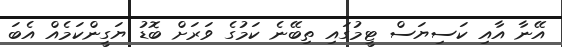
އޭނާ އާއި ކަސިޔަސް ޓީމުގައި ތިބޭނެ ކަމުގެ ވަރަށް ބޮޑު ޔަގީންކަމެއް އެބަ